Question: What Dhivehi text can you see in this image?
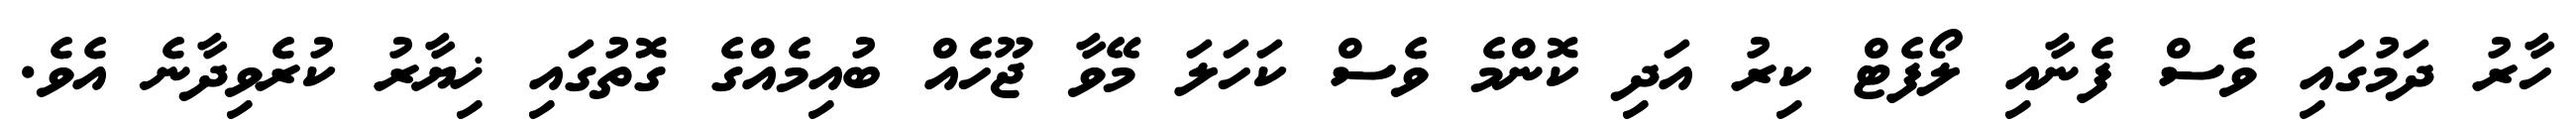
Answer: ހާރު ދަމުގައި ވެސް ފެނާއި ލޯފެޓް ކިރު އަދި ކޮންމެ ވެސް ކަހަލަ މޭވާ ޖޫހެއް ބުއިމެއްގެ ގޮތުގައި ޚިޔާރު ކުރެވިދާނެ އެވެ.